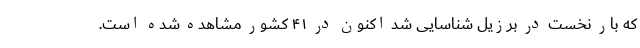
که بار نخست در برزیل شناسایی شد اکنون در ۴۱ کشور مشاهده شده است.